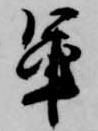
軍